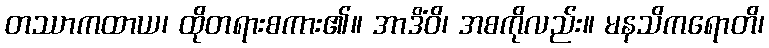
တဿာကထာယ၊ ထိုတရားစကား၏။ အာဒိံဝိ၊ အစကိုလည်း။ မနသိကရောတိ၊